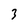
Character: 3